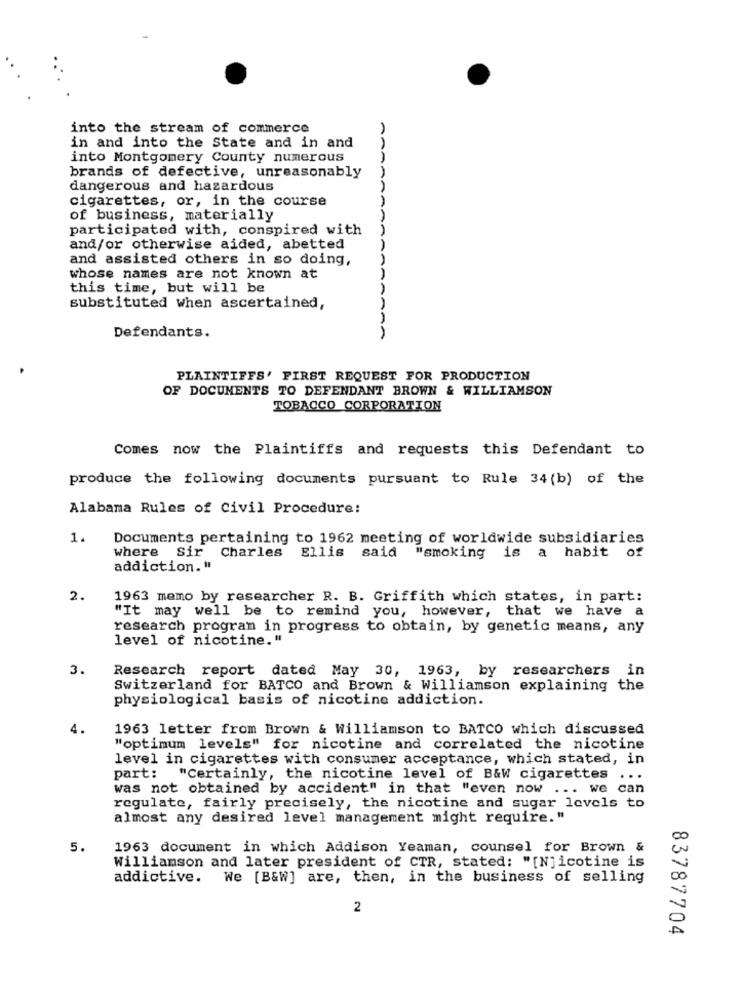
into the stream of commerce
in and into the State and in and
AA
into Montgomery County numerous
brands of defective, unreasonably
dangerous and hazardous
cigarettes, or, in the course
of business, materially
participated with, conspired with
and/or otherwise aided, abetted
and assisted others in so doing,
whose names are not known at
this time, but will be
substituted when ascertained,
Defendants.
PLAINTIFFS' FIRST REQUEST FOR PRODUCTION
OF DOCUMENTS TO DEFENDANT BROWN & WILLIAMSON
TOBACCO CORPORATION
Comes now the Plaintiffs and requests this Defendant to
produce the following documents pursuant to Rule 34 (b) of the
Alabama Rules of Civil Procedure:
1.
Documents pertaining to 1962 meeting of worldwide subsidiaries
where sir
Charles Ellis
said
"smoking is a habit of
addiction. "
2.
1963 memo by researcher R. B. Griffith which states, in part:
"It may well be to remind you, however, that we have a
research program in progress to obtain, by genetic means, any
level of nicotine. "
3.
Research report dated May 30, 1963, by researchers in
Switzerland for BATCO and Brown & Williamson explaining the
physiological basis of nicotine addiction.
4.
1963 letter from Brown & Williamson to BATCO which discussed
"optimum levels" for nicotine and correlated the nicotine
level in cigarettes with consumer acceptance, which stated, in
part: "Certainly, the nicotine level of B&W cigarettes ...
was not obtained by accident" in that "even now ... we can
regulate, fairly precisely, the nicotine and sugar levels to
almost any desired level management might require."
5.
1963 document in which Addison Yeaman, counsel for Brown &
Williamson and later president of CTR, stated: "[N]icotine is
addictive. We [B&W] are, then, in the business of selling
2
83787704